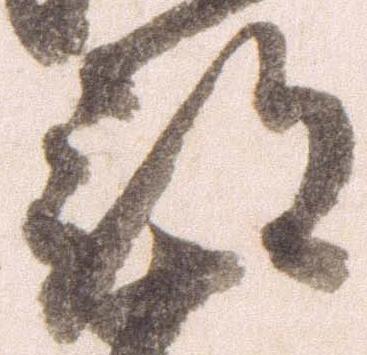
部